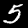
Label: 5